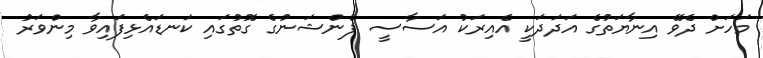
މަހަށް ދެވޭ އިނާޔަތުގެ އަދަދަކީ އެއިރަކު އަސާސީ ޕެންޝަނުގެ ގޮތުގައި ކަނޑައެޅިފައިވާ މިންވަރު